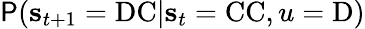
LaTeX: \mathsf{P}(\mathbf{{s}}_{t+1}=\mathrm{{DC}}|\mathbf{{s}}_{t}=\mathrm{{CC}},u=\mathrm{{D}})